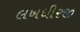
લખધીરજી